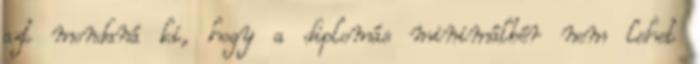
azt mondaná ki, hogy a diplomás minimálbér nem lehet